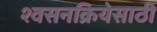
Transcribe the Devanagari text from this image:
श्वसनक्रियेसाठी